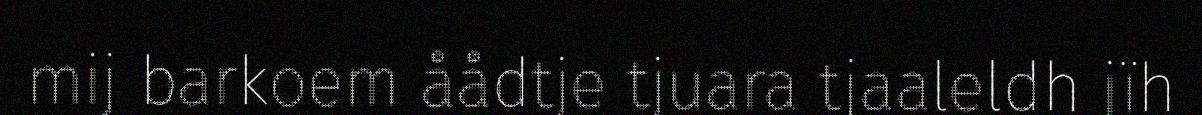
mij barkoem åådtje tjuara tjaaleldh jïh